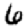
Digit: 6